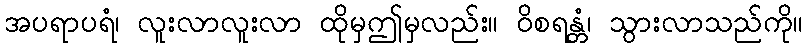
အပရာပရံ၊ လူးလာလူးလာ ထိုမှဤမှလည်း။ ဝိစရန္တံ၊ သွားလာသည်ကို။